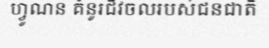
ហ្វូណន គំនូរជីវចលរបស់ជនជាតិ